Civil Veterinary Department. Central Provinces & Berar 1932-41 - 1932-1941
Year: 1932
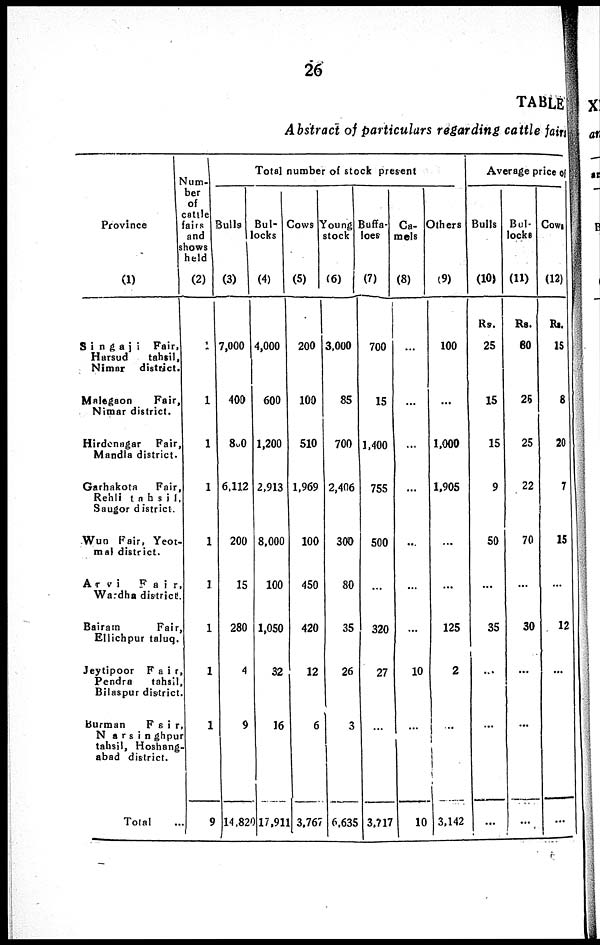
26
TABLE
Abstract of particulars regarding cattle fair
Province
(1)
Singaji
Fair,
Harsud
tahsil,
Nimar
district.
Malegaon
Fair,
Nimar district.
Hirdenagar
Fair,
Mandla district.
Garhakota
Fair,
Rehli tahsil.
Saugor district.
Wun Fair, Yeot-
mal district.
Arvi
Fair,
Wardha district.
Bairam
Fair,
Ellichpur taluq.
Jeytipoor
Fair,
Pendra
tahsil.
Bilaspur district.
Burman
Fair
Narsinghpur
tahsil, Hoshang.
abad district.
Total ...
Num-
ber
of
cattle
fairs
and
Sows
held
(2)
1
1
1
1
1
1
1
1
1
9
Total number of stock present
Bulls
(3)
7,000
400
800
6,112
200
15
280
4
9
14,820
Bul-
locks
(4)
4,000
600
1,200
2,913
8,000
100
1,050
32
16
17,911
COWS
(5)
200
100
510
1,969
100
450
420
12
6
3,767
Young
stock
(6)
3,000
85
700
2,406
300
80
35
26
3
6,635
Buffa-
loes
(7)
700
15
1,400
755
500
...
320
27
...
3,717
Ca-
mels
(8)
...
...
...
...
...
...
...
10
...
10
Others
(9)
100
...
1,000
1,905
...
...
125
2
...
3,142
Average price of
Bulls
(10)
Rs.
25
15
15
9
50
...
35
...
...
...
Bul-
locks
(11)
Rs.
80
25
25
22
70
...
30
...
....
...
Cow.
(12)
Rs.
15
8
20
7
15
...
12
...
...
...